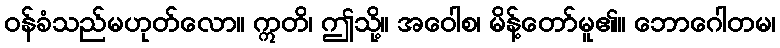
ဝန်ခံသည်မဟုတ်လော။ ဣတိ၊ ဤသို့။ အဝေါစ၊ မိန့်တော်မူ၏။ ဘောဂေါတမ၊